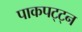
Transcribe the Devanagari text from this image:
पाकपट्ट्न